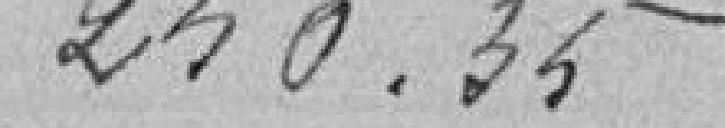
250,35